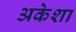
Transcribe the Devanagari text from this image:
अकेशा